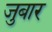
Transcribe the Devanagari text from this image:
जुबार